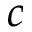
c